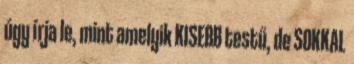
úgy írja le, mint amelyik KISEBB testű, de SOKKAL